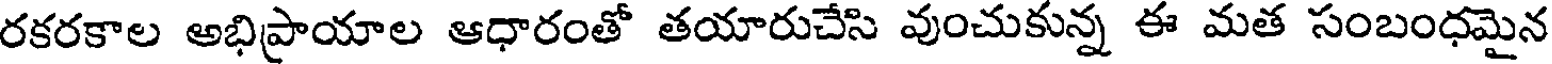
రకరకాల అభిప్రాయాల ఆధారంతో తయారుచేసి వుంచుకున్న ఈ మత సంబంధమైన